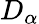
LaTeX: D_{\alpha}